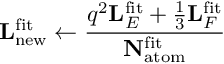
\mathbf { L } _ { \mathrm { n e w } } ^ { \mathrm { f i t } } \leftarrow \frac { q ^ { 2 } \mathbf { L } _ { E } ^ { \mathrm { f i t } } + \frac { 1 } { 3 } \mathbf { L } _ { F } ^ { \mathrm { f i t } } } { \mathbf { N } _ { \mathrm { a t o m } } ^ { \mathrm { f i t } } }